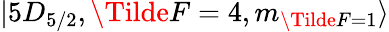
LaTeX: \lvert 5D_{5/2},\Tilde{F}=4,m_{\Tilde{F}=1}\rangle